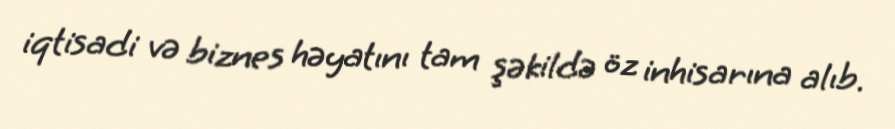
iqtisadi və biznes həyatını tam şəkildə öz inhisarına alıb.